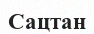
Сацтан